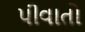
પીવાતો